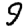
Digit: 9